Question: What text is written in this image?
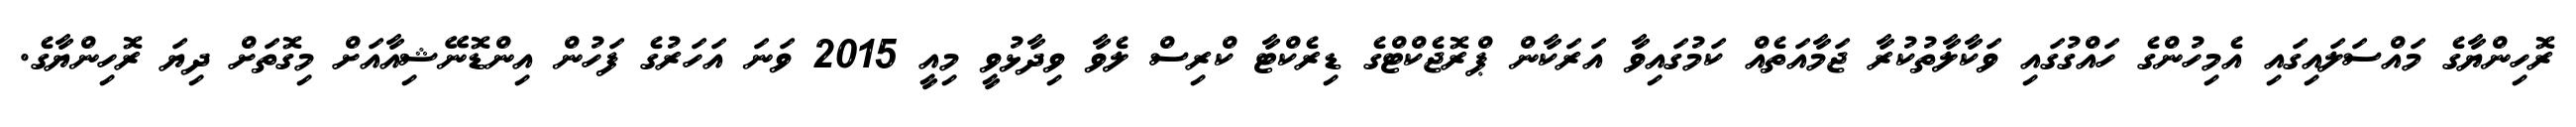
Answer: ރޮހިންޔާގެ މައްސަލައިގައި އެމިހުންގެ ހައްގުގައި ވަކާލާތުކުރާ ޖަމާއަތެއް ކަމުގައިވާ އަރަކާން ޕްރޮޖެކްޓްގެ ޑިރެކްޓާ ކްރިސް ލެވާ ވިދާޅުވީ މިއީ 2015 ވަނަ އަހަރުގެ ފަހުން އިންޑޮނޭޝިއާއަށް މިގޮތަށް ދިޔަ ރޮހިންޔާގެ.